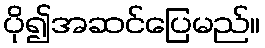
ပို၍အဆင်ပြေမည်။